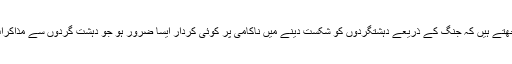
کیونکہ وہ سمجھتے ہیں کہ جنگ کے ذریعے دہشتگردوں کو شکست دینے میں ناکامی پر کوئی کردار ایسا ضرور ہو جو دہشت گردوں سے مذاکرات کروا سکے۔